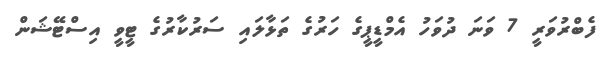
ފެބްރުވަރީ 7 ވަނަ ދުވަހު އެމްޑީޕީގެ ހަރުގެ ތަޅާލައި ސަރުކާރުގެ ޓީވީ އިސްޓޭޝަން